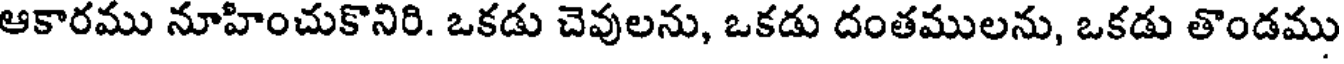
ఆకారము నూహించుకొనిరి. ఒకడు చెవులను, ఒకడు దంతములను, ఒకడు తొండము